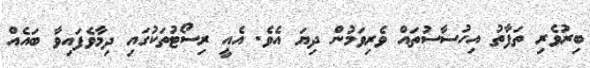
ބިރުވެރި ތަފާތު އިހުސާސުތައް ވެރިވަމުން ދިޔަ އެވެ. އެއީ ރިސޯޓުތަކުގައި ދިމާވެފައިވާ ބައެއް